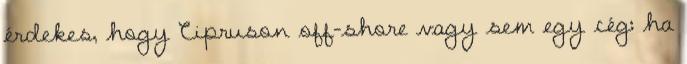
érdekes, hogy Cipruson off-shore vagy sem egy cég: ha